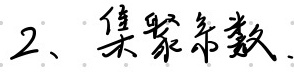
聚集系数